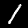
Label: 1